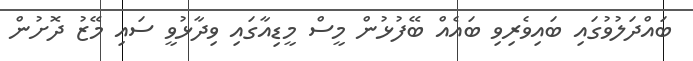
ބައްދަލުވުގައި ބައިވެރިވި ބައެއް ބޭފުޅުން މީސް މީޑިއާގައި ވިދާޅުވީ ސައި މޭޒު ދޮށުން